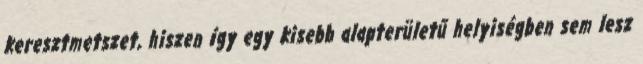
keresztmetszet, hiszen így egy kisebb alapterületű helyiségben sem lesz